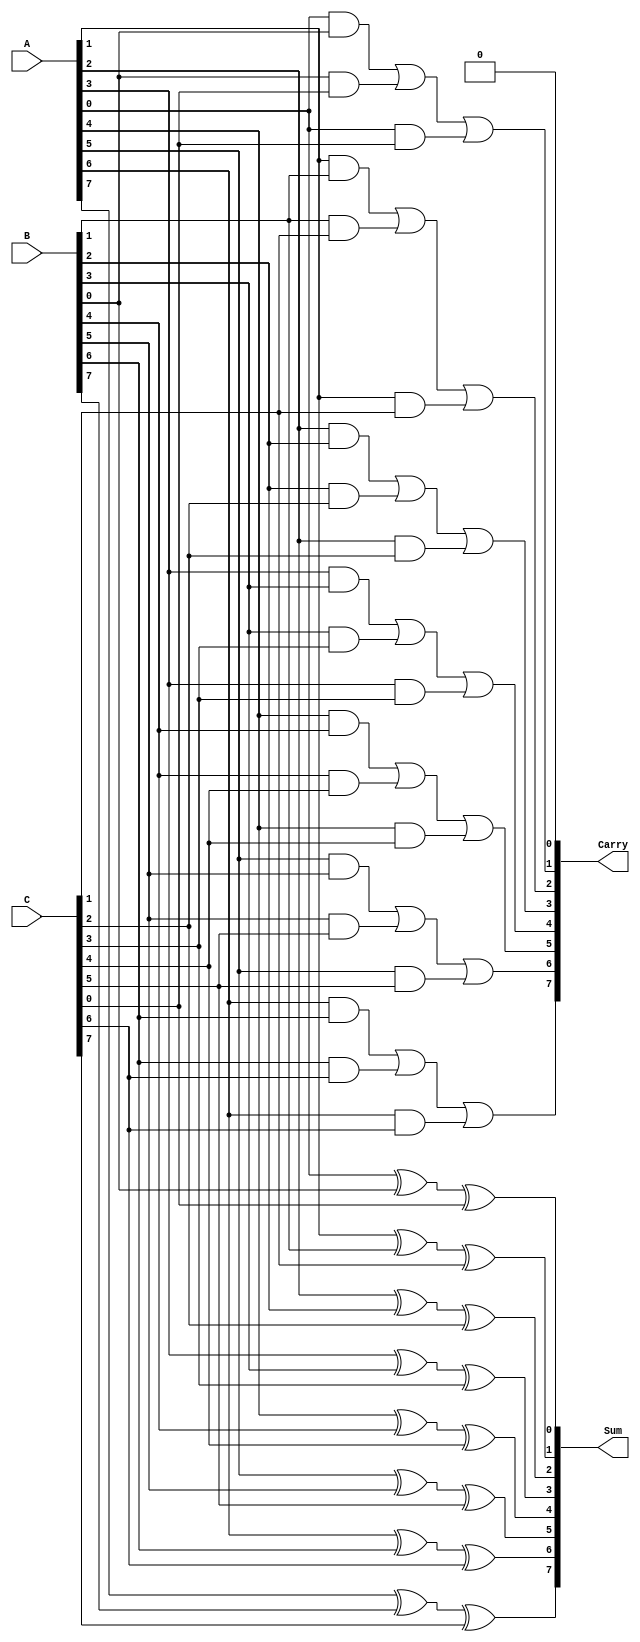
module CarrySaveAdder #(parameter N = 8) (
    input  [N-1:0] A,      // First operand
    input  [N-1:0] B,      // Second operand
    input  [N-1:0] C,      // Third operand
    output [N-1:0] Sum,     // Preliminary sum output
    output [N-1:0] Carry    // Carry output
);

    // Generate preliminary sum and carry bits
    genvar i;
    generate
        for (i = 0; i < N; i = i + 1) begin : CSA
            assign Sum[i] = A[i] ^ B[i] ^ C[i]; // Sum bit calculation
            if (i < N-1) begin
                assign Carry[i+1] = (A[i] & B[i]) | (B[i] & C[i]) | (A[i] & C[i]); // Carry bit calculation
            end
        end
    endgenerate

    // The least significant carry bit is initialized to 0
    assign Carry[0] = 1'b0; // No carry input for the least significant bit

endmodule